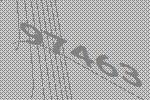
97463